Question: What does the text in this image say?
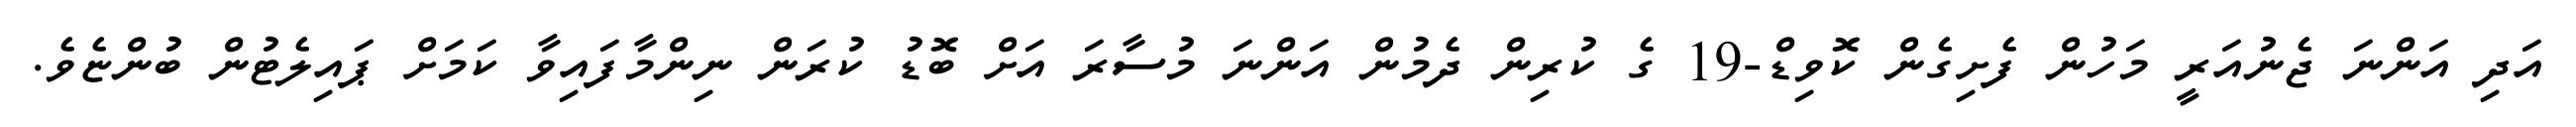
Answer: އަދި އަންނަ ޖެނުއަރީ މަހުން ފެށިގެން ކޮވިޑް-19 ގެ ކުރިން ދެމުން އަންނަ މުސާރަ އަށް ބޮޑު ކުރަން ނިންމާފައިވާ ކަމަށް ޕައިލެޓުން ބުންޏެވެ.